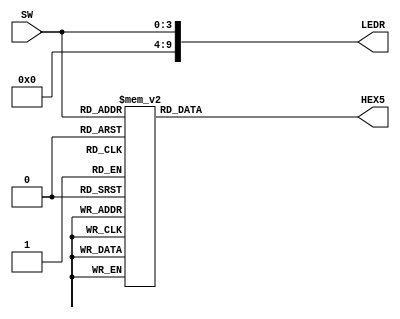
// Written on: 18 April 2022 (Mon)
// Title: BCD to 7seg decoder

module bcd7segDEC (
	input [3:0] SW, // represent 4-bit binary number (BCD) as input

	output reg [7:0] HEX5,
	output reg [9:0] LEDR
);
	
	// Hexadecimal numbers on 7-segment LED display
	parameter zero=8'b0011_1111, one=8'b0000_0110, two=8'b0101_1011, three=8'b0100_1111, four=8'b0110_0110,
					five=8'b0110_1101, six=8'b0111_1101, seven=8'b0000_0111, eight=8'b0111_1111, nine=8'b0110_1111;
	
	always@(SW)
	begin
	
		LEDR = SW;

		case(SW)
			// For DE10-Lite board - HEX LEDs are active low & in reversed order
			0: HEX5 = ~zero;
			1:	HEX5 = ~one;
			2: HEX5 = ~two;
			3:	HEX5 = ~three;
			4: HEX5 = ~four;
			5: HEX5 = ~five;
			6: HEX5 = ~six;
			7: HEX5 = ~seven;
			8: HEX5 = ~eight;
			9: HEX5 = ~nine;
			default: HEX5 = ~8'b1000_0000;
		endcase
	end
endmodule